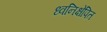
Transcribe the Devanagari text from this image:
ध्वनिक्षेपित